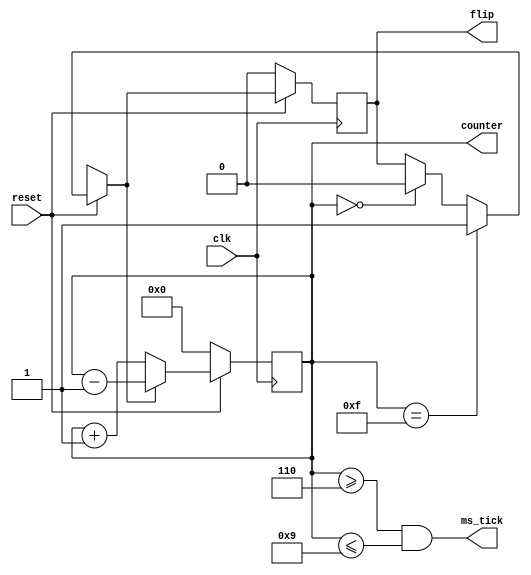
module counter (clk, reset, counter, ms_tick, flip);
input          clk;
input          reset;
output 	 	ms_tick;
output  [3:0]  counter;
output 		flip;

reg  [3:0]     counter;   // 17 bits for 128k counting at 100MHz
wire           ms_tick = counter >= 4'h6 && counter <= 4'h9;
reg flip;



always @(posedge clk)
  if (!reset)  begin        
	counter <= 0;
	flip <= 0;
  end

  else begin
	if (counter == 4'hf) begin
		flip = 1;
	end
	
	else if (counter == 4'h0) begin
		flip = 0;
	end

	else begin 
		flip = flip;
	end
/* -------------------------------------------------- */

	if (flip == 1) begin 
		counter = counter - 1;
	end
	
	else 
		counter = counter + 1;

  end
endmodule